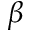
\beta